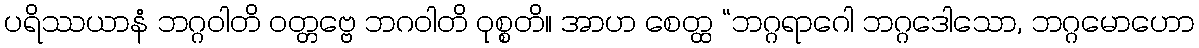
ပရိဿယာနံ ဘဂ္ဂဝါတိ ဝတ္တဗ္ဗေ ဘဂဝါတိ ဝုစ္စတိ။ အာဟ စေတ္ထ “ဘဂ္ဂရာဂေါ ဘဂ္ဂဒေါသော, ဘဂ္ဂမောဟော